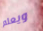
ويعلم